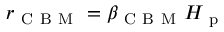
r _ { \mathrm { ~ C ~ B ~ M ~ } } = \beta _ { \mathrm { ~ C ~ B ~ M ~ } } H _ { \mathrm { ~ p ~ } }